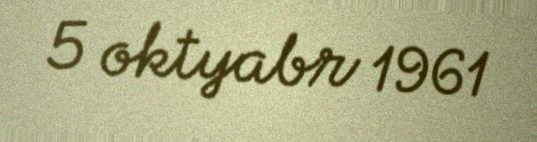
5 oktyabr 1961